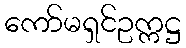
ကော်မရှင်ဥက္ကဋ္ဌ